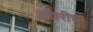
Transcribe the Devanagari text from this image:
अंतरीचा